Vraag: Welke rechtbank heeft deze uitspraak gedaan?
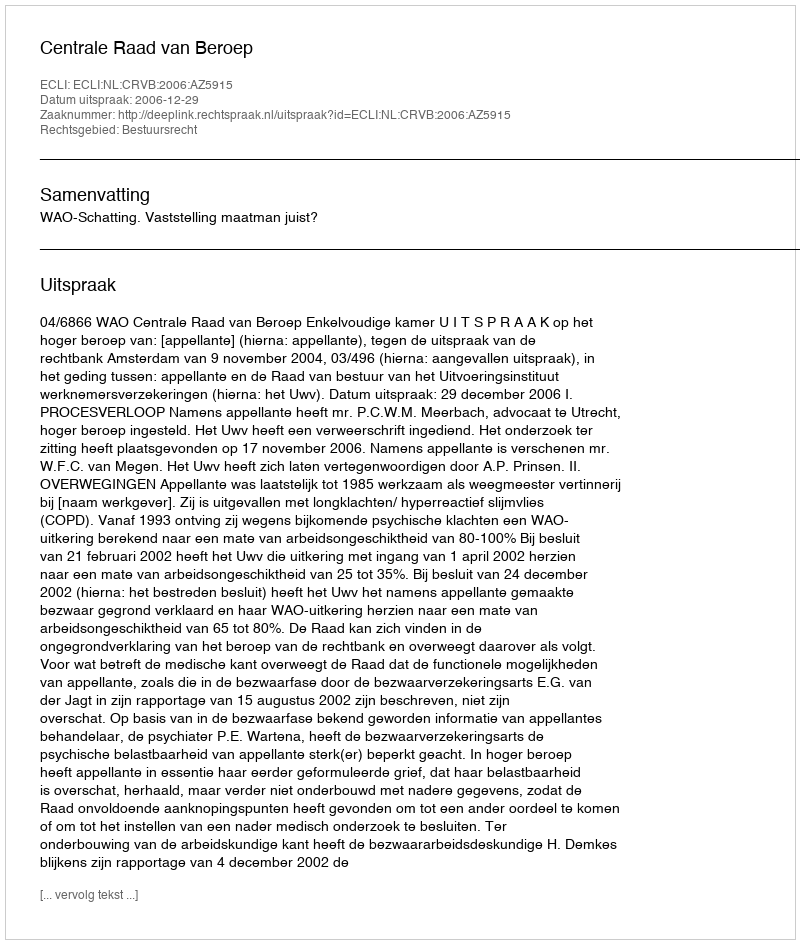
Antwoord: Centrale Raad van Beroep